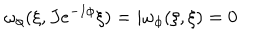
LaTeX: \omega _ { \phi } ( \xi , J e ^ { - I \phi } \xi ) = i \omega _ { \phi } ( \xi , \xi ) = 0